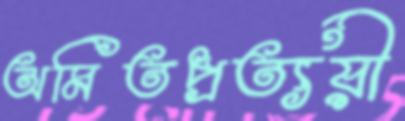
অমিতপ্রত্যয়ী